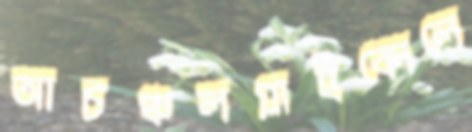
আচঞ্চলগ্লাইকোলে